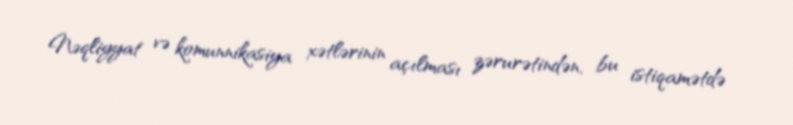
Nəqliyyat və komunnikasiya xətlərinin açılması zərurətindən, bu istiqamətdə